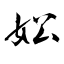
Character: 妐